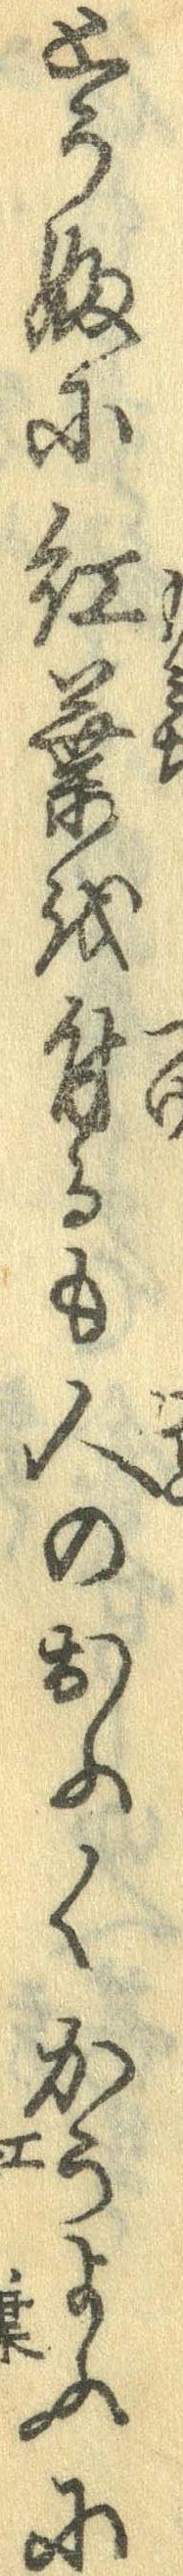
とうふに紅葉を付るも人のおふくかうよふに